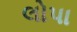
લોપા